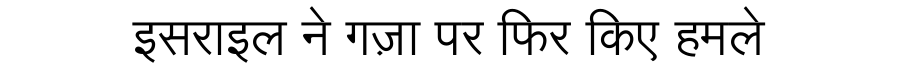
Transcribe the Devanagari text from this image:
इसराइल ने गज़ा पर फिर किए हमले